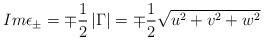
LaTeX: \begin{align*}Im\epsilon _{\pm }=\mp \frac 12\left| \Gamma \right| =\mp\frac 12\sqrt{u^2+v^2+w^2}\end{align*}